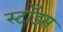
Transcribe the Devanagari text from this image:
स्टाँड्स